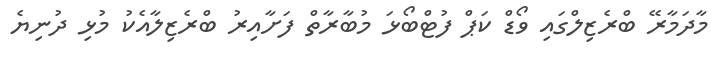
މާދަމާރޭ ބްރެޒިލްގައި ވޯޑް ކަޕް ފުޓްބޯޅަ މުބާރާތް ފަށާއިރު ބްރެޒިލާއެކު މުޅި ދުނިޔެ